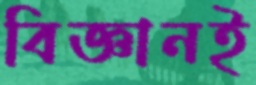
বিজ্ঞানই